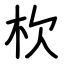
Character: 杴